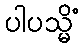
ပါပသ္မိံ